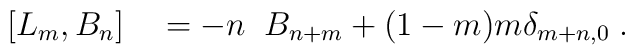
[ L_m , B_n ] \quad = - n\;\; B_{n+m} + (1-m)m\delta_{m+n,0} \; .